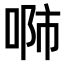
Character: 𠶴